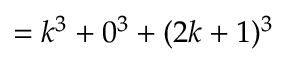
= k ^ { 3 } + 0 ^ { 3 } + ( 2 k + 1 ) ^ { 3 }